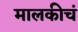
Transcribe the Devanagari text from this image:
मालकीचं